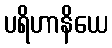
ပရိဟာနိယေ